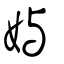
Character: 嬩